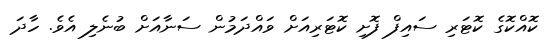
ކޮއްކޮގެ ކޮޓަރި ސައިފް ފޮށި ކޮޓަރިއަށް ވައްދަމުން ސަނާއަށް ބުނެލި އެވެ. ހާދަ